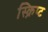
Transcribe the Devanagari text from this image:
स्क्रिप्‍ट